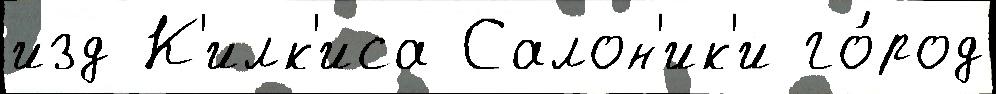
изд К'илк'иса Салон'ик'и го́род